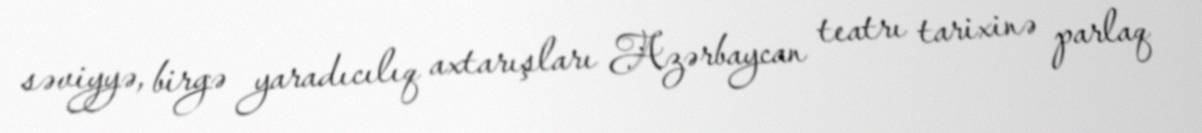
səviyyə, birgə yaradıcılıq axtarışları Azərbaycan teatrı tarixinə parlaq